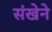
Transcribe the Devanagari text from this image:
संखेने